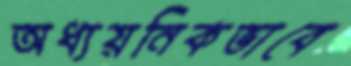
অধ্যয়নিকভাবে